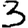
Digit: 3